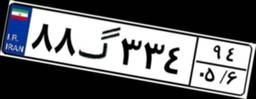
۸۸گ۳۳۴۹۴